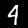
Label: 4